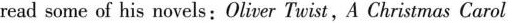
read some of his novels:Oliver Twist, A Christmas Carol